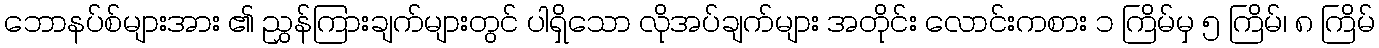
ဘောနပ်စ်များအား ၏ ညွှန်ကြားချက်များတွင် ပါရှိသော လိုအပ်ချက်များ အတိုင်း လောင်းကစား ၁ ကြိမ်မှ ၅ ကြိမ်၊ ၈ ကြိမ်